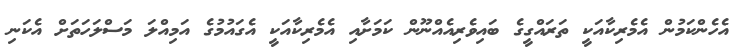
އެހެންކަމުން އެމެރިކާއަކީ ތަރައްގީގެ ބައިވެރިއެއްނޫން ކަމަށާއި އެމެރިކާއަކީ އެގައުމުގެ އަމިއްލަ މަސްލަހަތަށް އެކަނި